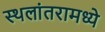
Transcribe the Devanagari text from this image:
स्थलांतरामध्ये